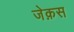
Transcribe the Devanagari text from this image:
जेक़स